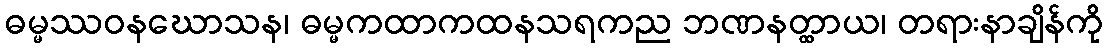
ဓမ္မဿဝနဃောသန၊ ဓမ္မကထာကထနသရကည ဘဏနတ္ထာယ၊ တရားနာချိန်ကို